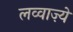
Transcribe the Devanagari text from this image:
लव्वाज़्ये